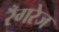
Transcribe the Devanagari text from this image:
रँगरेज